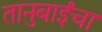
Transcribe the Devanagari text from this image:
तानुबाईंचा